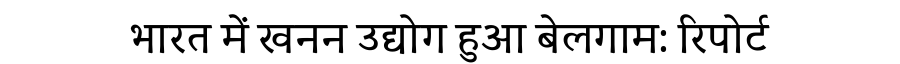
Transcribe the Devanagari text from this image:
भारत में खनन उद्योग हुआ बेलगाम: रिपोर्ट